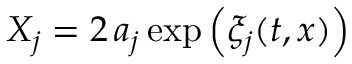
X _ { j } = 2 \, a _ { j } \exp \left( \xi _ { j } ( { t , x } ) \right)